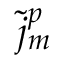
{ \tilde { j } _ { m } } ^ { p }